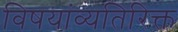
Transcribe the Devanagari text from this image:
विषयांव्यतिरिक्त